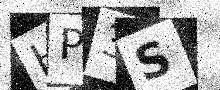
Text: HP3S